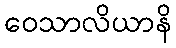
ဝေသာလိယာနိ